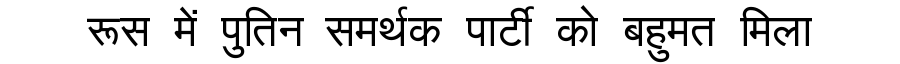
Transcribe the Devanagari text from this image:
रूस में पुतिन समर्थक पार्टी को बहुमत मिला